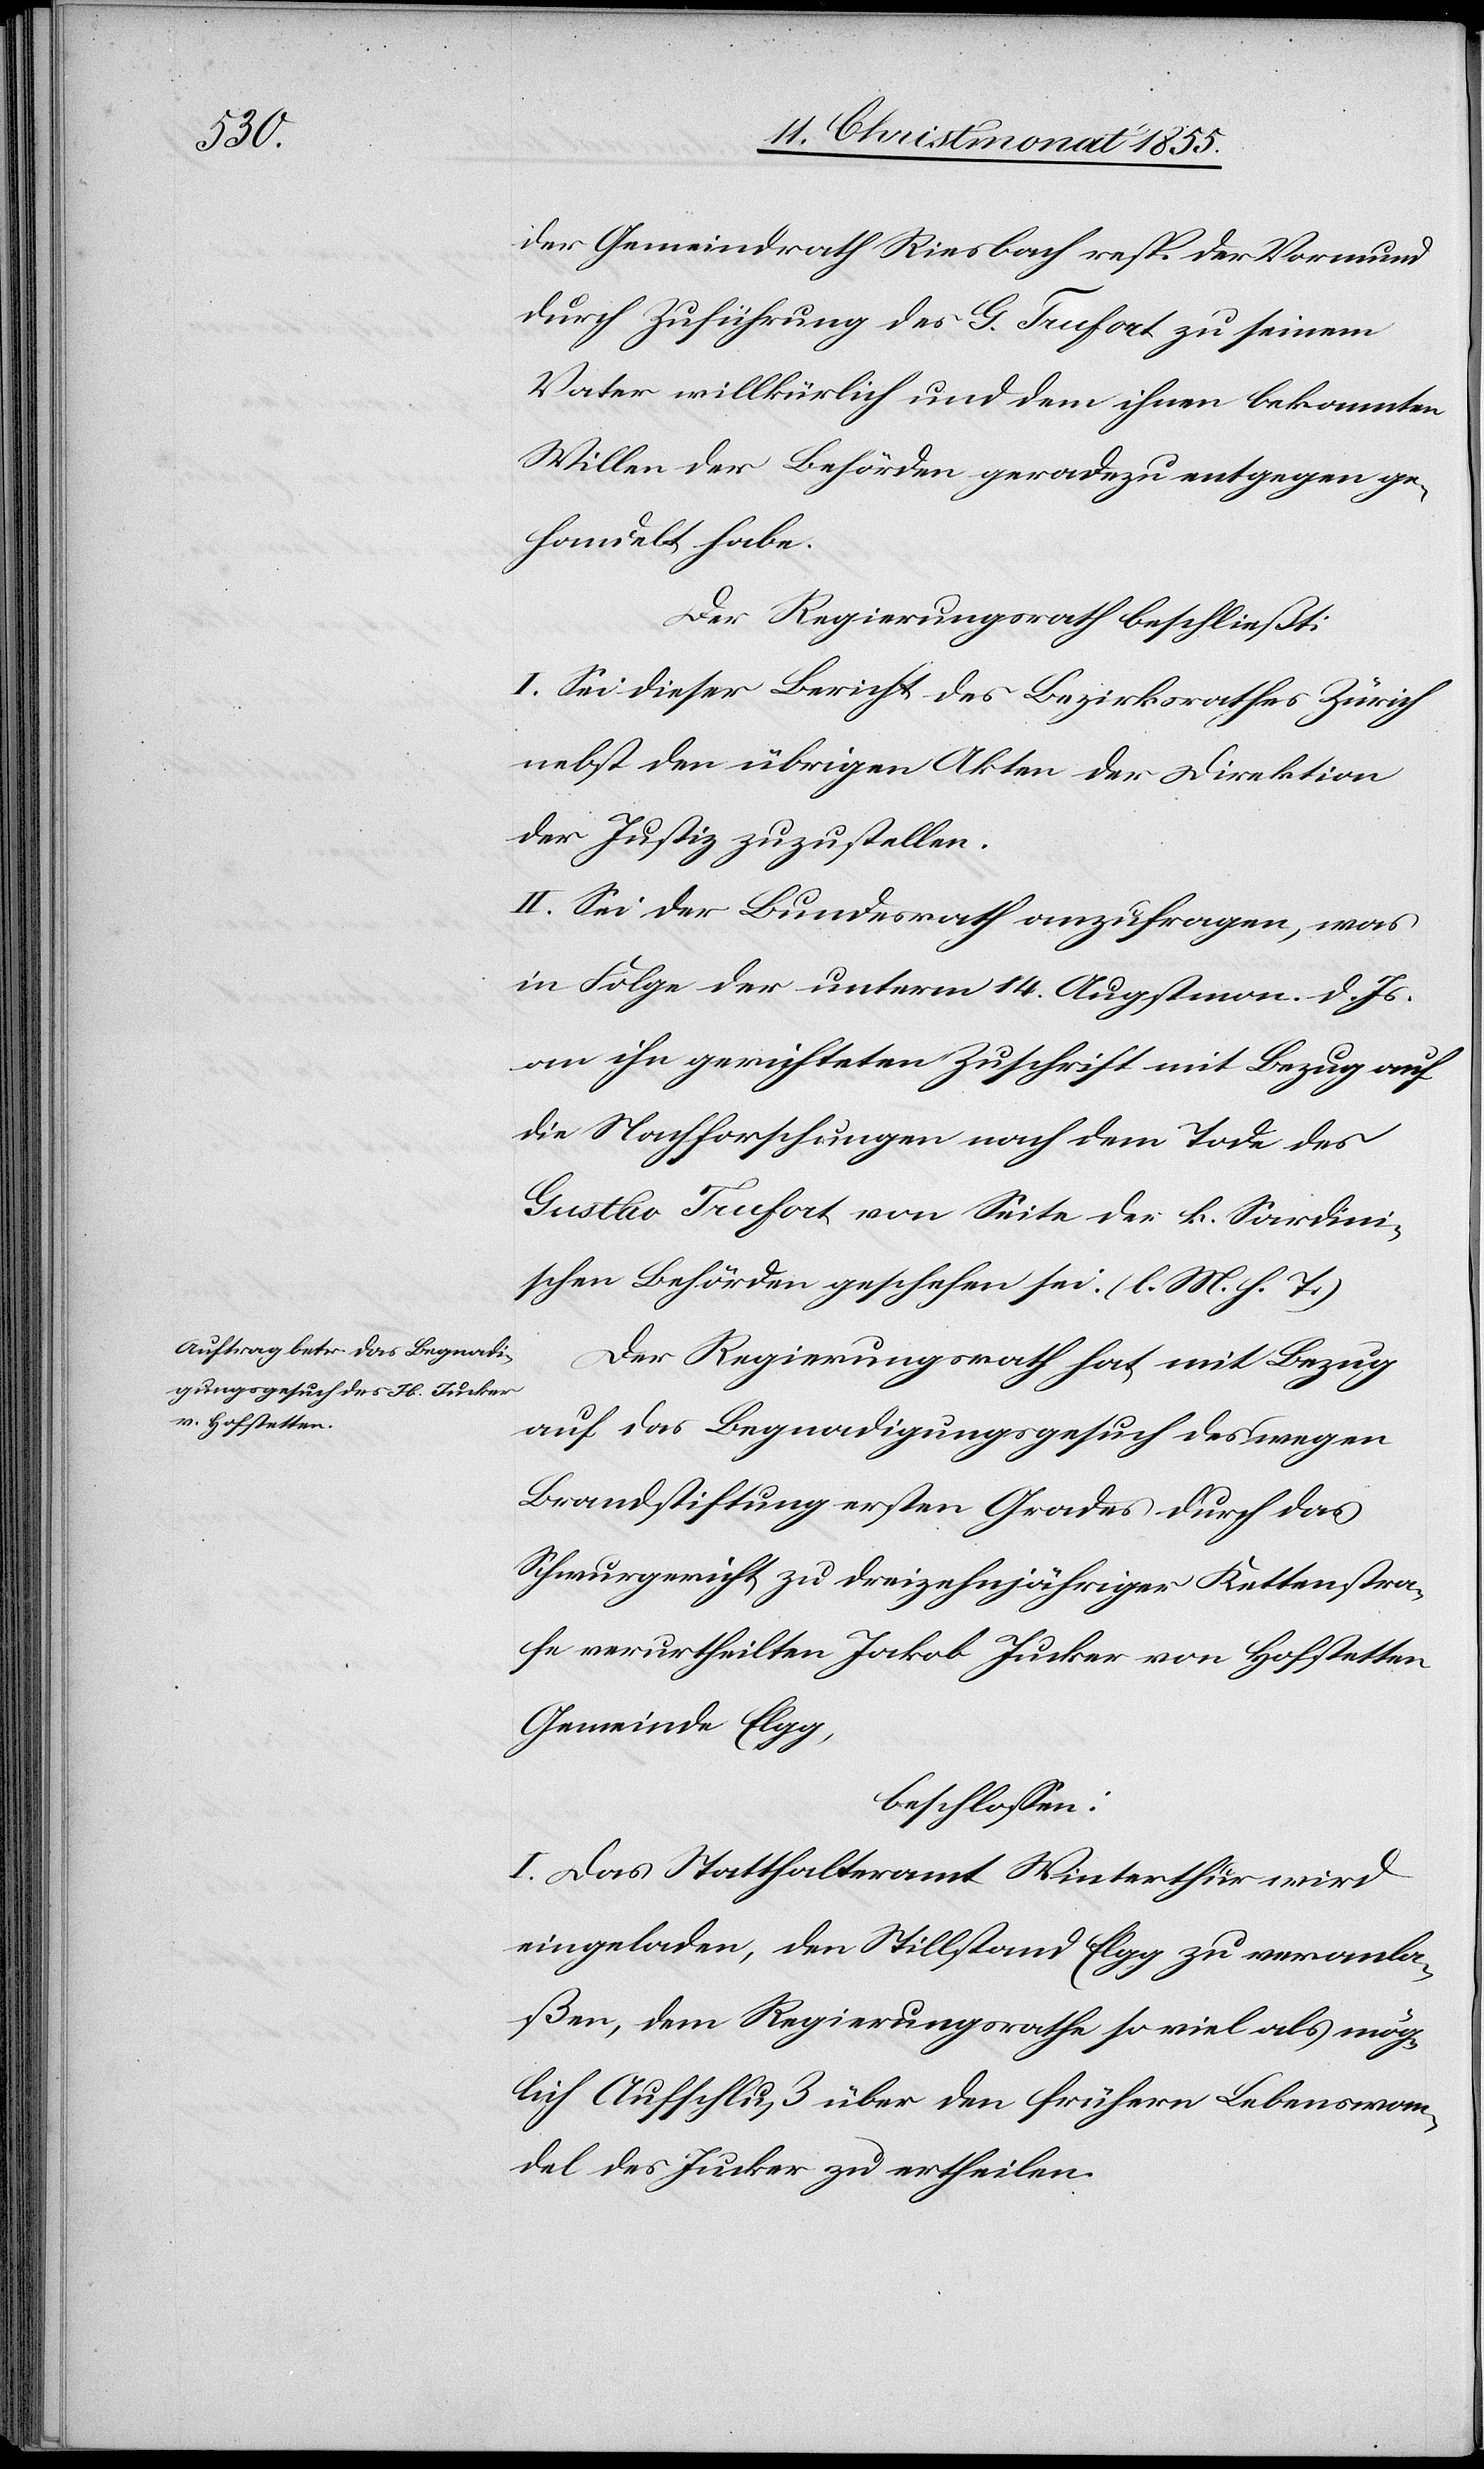
der Gemeindrath Riesbach resp. der Vormund
durch Zuführung des G. Trufort zu seinem
Vater willkürlich und dem ihnen bekannten
Willen der Behörden geradezu entgegen ge¬
handelt habe.
Der Regierungsrath beschließt:
I. Sei dieser Bericht des Bezirksrathes Zürich
nebst den übrigen Akten der Direktion
der Justiz zuzustellen.
II. Sei der Bundesrath anzufragen, was
in Folge der unterm 14. Augstmon. d. Js.
an ihn gerichteten Zuschrift mit Bezug auf
die Nachforschungen nach dem Tode des
Gustav Trufort von Seite der k. Sardini¬
schen Behörden geschehen sei. (l. M. h. T.)
Der Regierungsrath hat, mit Bezug
auf das Begnadigungsgesuch des wegen
Brandstiftung ersten Grades durch das
Schwurgericht zu dreizehnjähriger Kettenstra¬
fe verurtheilten Jakob Jucker von Hofstetten
Gemeinde Elgg,
beschlossen:
I. Das Statthalteramt Winterthur wird
eingeladen, den Stillstand Elgg zu veranla¬
ßen, dem Regierungsrathe so viel als mög¬
lich Aufschluß über den frühern Lebenswan¬
del des Jucker zu ertheilen.